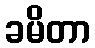
ခမိတာ